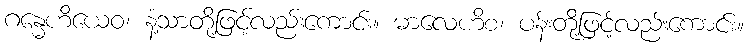
ဂန္ဓေဟိယေဝ၊ နံ့သာတို့ဖြင့်လည်းကောင်း။ မာလေဟိစ၊ ပန်းတို့ဖြင့်လည်းကောင်း။